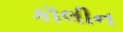
કૉલીન